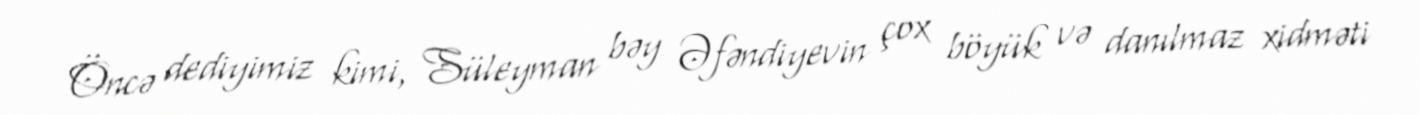
Öncə dediyimiz kimi, Süleyman bəy Əfəndiyevin çox böyük və danılmaz xidməti